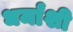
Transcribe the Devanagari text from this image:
धर्मांशी